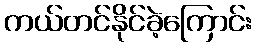
ကယ်တင်နိုင်ခဲ့ကြောင်း